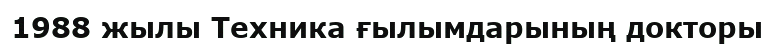
1988 жылы Техника ғылымдарының докторы